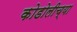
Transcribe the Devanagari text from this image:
कोडोलीच्या